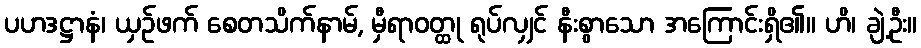
ပဟဒဋ္ဌာနံ၊ ယှဉ်ဖက် စေတသိက်နာမ်, မှီရာဝတ္ထု ရုပ်လျှင် နီးစွာသော အကြောင်းရှိ၏။ ဟိ၊ ချဲ့ဦး။